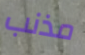
مذنب